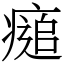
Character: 㾽